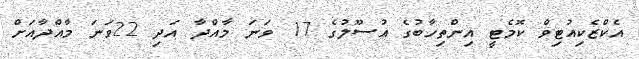
އެކްޒެކިއުޓިވް ކޮމެޓީ އިންތިހާބުގެ އުސޫލުގެ 17 ވަނަ މާއްދާ އަދި 22ވަނަ މާއްދާއަށް